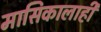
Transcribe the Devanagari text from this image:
मासिकालाही